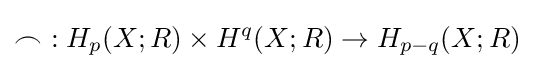
\frown \ :H_{p}(X;R)\times H^{q}(X;R)\rightarrow H_{p-q}(X;R)